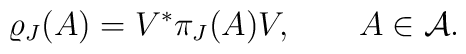
\varrho_J(A) = V^* \pi_J(A) V,\qquad A\in{\cal A}.